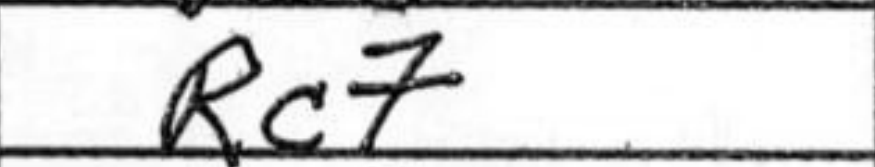
Transcription: Rc7